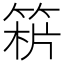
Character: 𥯻